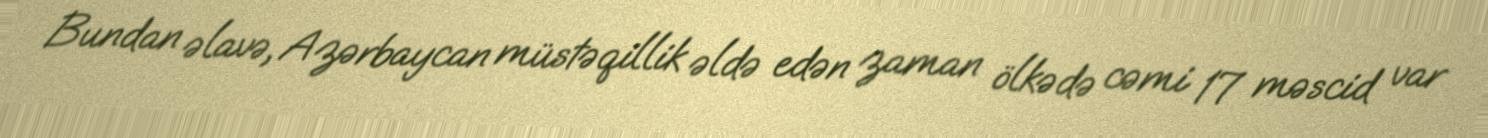
Bundan əlavə, Azərbaycan müstəqillik əldə edən zaman ölkədə cəmi 17 məscid var